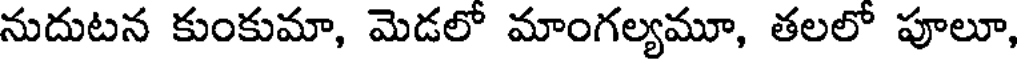
నుదుటన కుంకుమా, మెడలో మాంగల్యమూ, తలలో పూలూ,